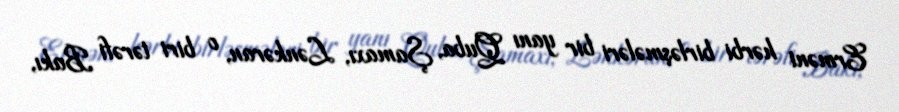
Erməni hərbi birləşmələri bir yanı Quba, Şamaxı, Lənkəran, o biri tərəfi Bakı,